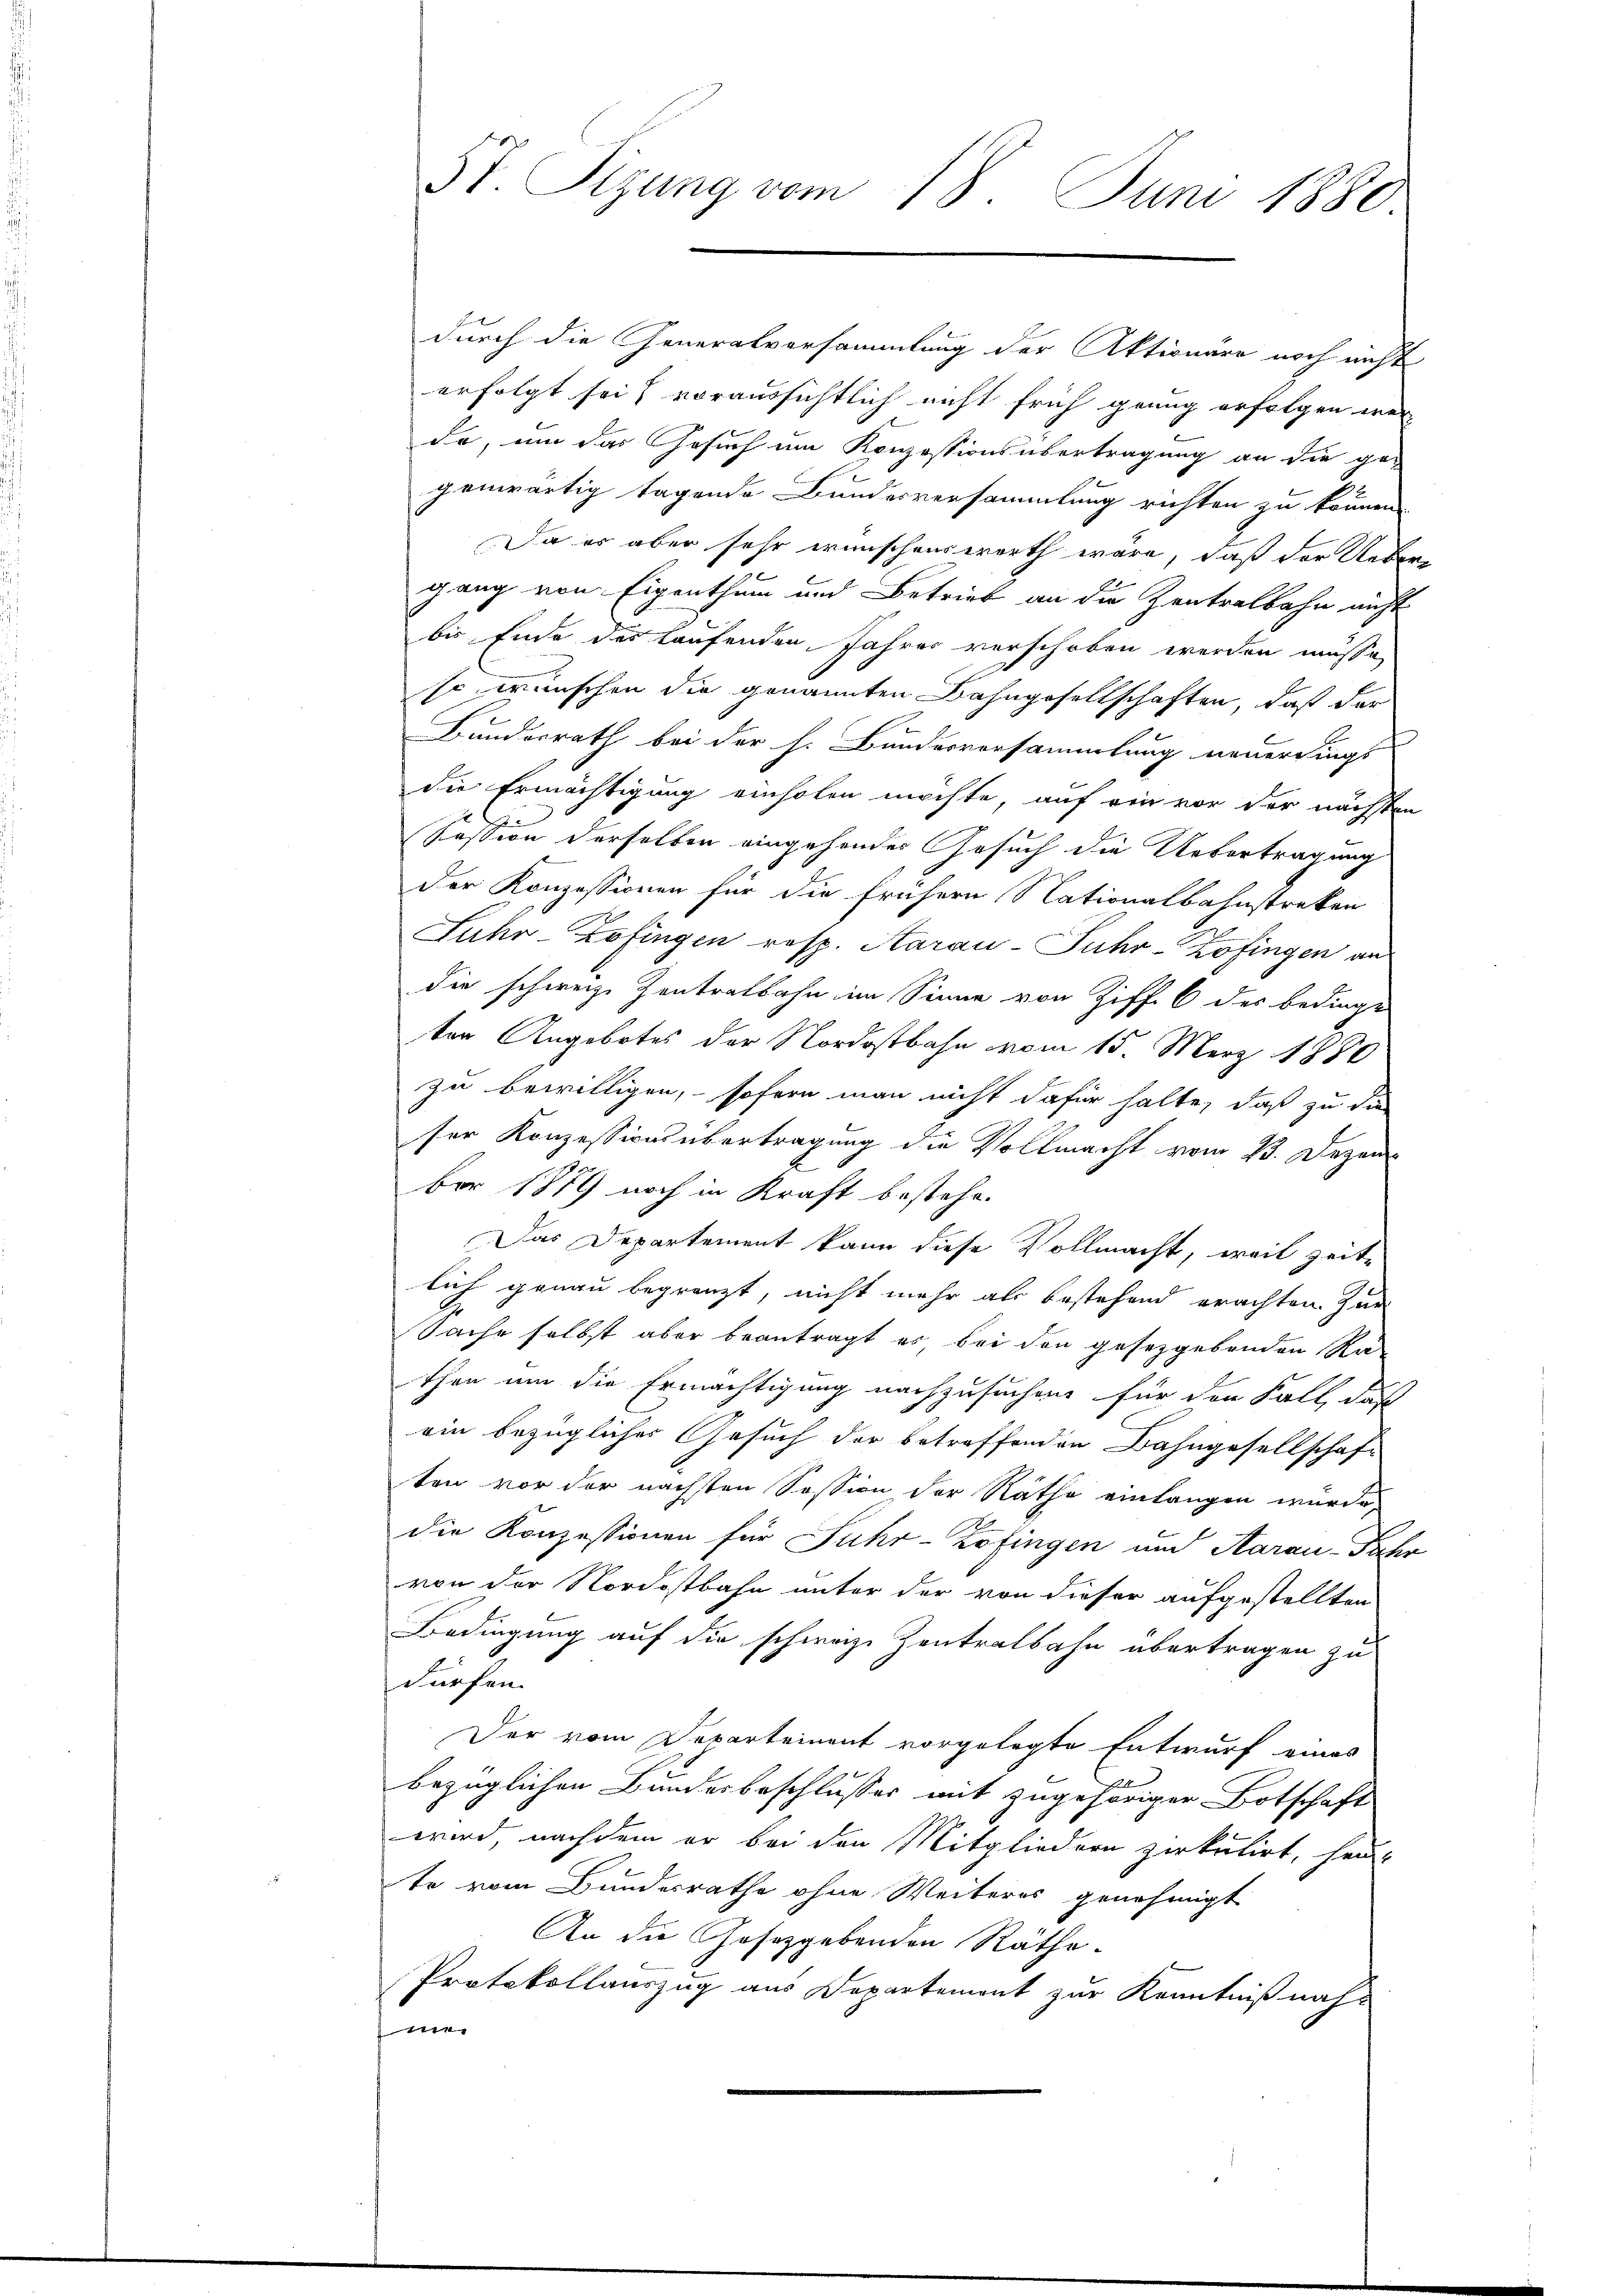
durch die Generalversammlung der Aktionare noch nicht
erfolgt sei, voraussichtlich nicht früh genug erfolgen wer- |
de, um das Gesuch im Konzessionsübertragung an die ge-
genwärtig tagende Bundesversammlung richten zu können.
Da es aber sehr wünschenswerth wäre, daß der Uebergang von Eigenthum und Betrieb an die Zentralbahn nicht
bis Ende des laufenden Jahres verschoben werden müsse,
so wünschen die genannten Bahngesellschaften, daß der
Bunderrath bei der h. Banderversammlung neuerdings
die Ermächtigung einholen möchte, auf ein vor der nächsten
Pession derselben eingehendes Gesuch die Uebertragung
Der Konzessionen für die frühern Nationalbahnstreken
Luhr-Zofingen resp. Aarau-Fuhr-Zofingen an
die schweiz. Zentralbahn im Sinne von Ziff. 6 des bedinge
ter Angebotes der Nordostbahn vom 15. März 1880
zu bewilligen, sofern man nicht dafür halte, daß zu die
ser Konzessionsübertragung die Vollmacht vom 23. Dezem
8
ber 1879 noch in Kraft bestehe.
Das Departement kann diese Vollmacht, weil zeite
lich genau begränzt, nicht mehr als bestehend erachten zun
Sache selbst aber beantragt er, bei den gesetzgebenden Ra-
then um die Ermächtigung nachzusuchen für den Fall, daß
ein bezügliches Gesuch der betreffenden Bahngesellschaft
ten vor der nächsten Session der Rathe einlangen wurde,
die Konzessionen für Fuhr-Zofingen und Aarau Jahr
von der Nordostbahn unter der von dieser aufgestellten
Bedingung auf die schweize Zentralbahn übertragen zu
dürfen.
Der vom Departement vorgelegte Entwurf eines
bezüglichen Bundesbeschlusses mit zugehöriger Botschaft
wird, nachdem er bei den Mitgliedern zirkulirt, heu-
te vom Bundesrathe ohne Weiteres genehmigt
An die Gesetzgebenden Räthe.
Protokollauszug aus Departement zur Kenntniß nah-
mer

5t. Sitzung vom 18. Juni 1880